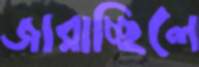
জারাচ্ছিলে